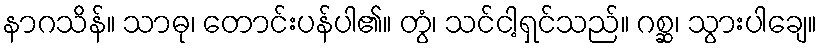
နာဂသိန်။ သာဓု၊ တောင်းပန်ပါ၏။ တွံ၊ သင်ငါ့ရှင်သည်။ ဂစ္ဆ၊ သွားပါချေ။